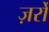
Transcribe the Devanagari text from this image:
ज़र्रों